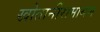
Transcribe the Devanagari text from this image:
खोतानीरामायण